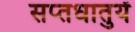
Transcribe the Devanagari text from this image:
सप्‍तधातुयें